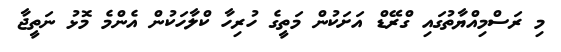
މި ރަސްމިއްޔާތުގައި ގްރޭޑް އަށަކުން މަތީގެ ހުރިހާ ކްލާހަކުން އެންމެ މޮޅު ނަތީޖާ